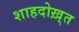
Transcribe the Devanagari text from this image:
शाहदोख़्त